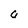
Character: a